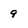
Character: 9